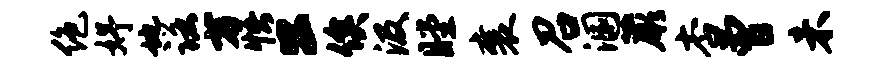
绝妤地诺方悟公俟汲瞠襄召溷蕨杏曾未